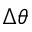
\Delta \theta